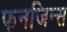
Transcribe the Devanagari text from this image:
फनजिन्स